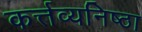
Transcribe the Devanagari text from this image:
कर्त्तव्यनिष्ठा